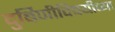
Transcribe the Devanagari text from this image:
दुर्बिणीविषयीच्या